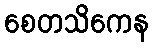
စေတသိကေန